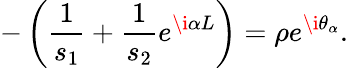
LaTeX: -\left(\frac{1}{s_{1}}+\frac{1}{s_{2}}e^{\i\alpha L}\right)=\rho e^{\i\theta_{\alpha}}.